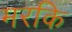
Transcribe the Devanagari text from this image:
मरकि